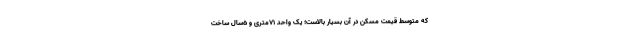
که متوسط قیمت مسکن در آن بسیار بالاست؛ یک واحد 71متری و 5سال ساخت